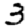
Digit: 3